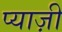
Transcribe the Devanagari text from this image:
प्याज़ी